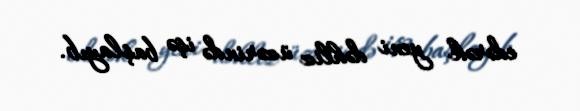
edərək yeni dəhliz üzərində işə başlayıb.